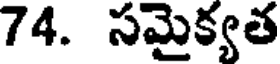
74. సమైక్యత